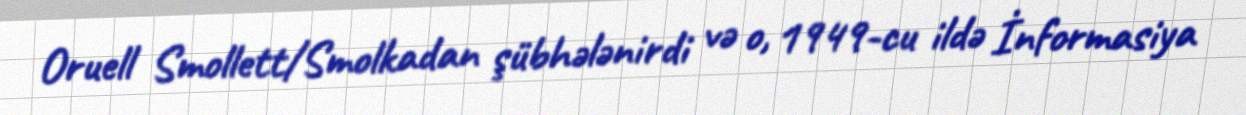
Oruell Smollett/Smolkadan şübhələnirdi və o, 1949-cu ildə İnformasiya